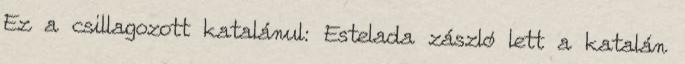
Ez a csillagozott katalánul: Estelada zászló lett a katalán